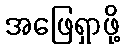
အဖြေရှာဖို့